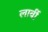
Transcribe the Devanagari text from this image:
लार्वी